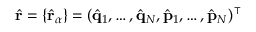
\hat { \bf { r } } = \{ \hat { \bf { r } } _ { \alpha } \} = ( \hat { \bf { q } } _ { 1 } , \dots , \hat { \bf { q } } _ { N } , \hat { \bf { p } } _ { 1 } , \dots , \hat { \bf { p } } _ { N } ) ^ { \intercal }